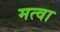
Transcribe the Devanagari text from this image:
मत्वा